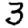
Digit: 3